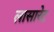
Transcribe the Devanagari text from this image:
लासारेट